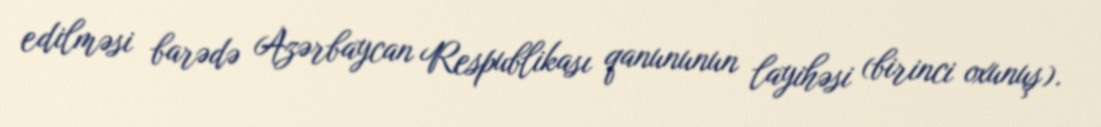
edilməsi barədə Azərbaycan Respublikası qanununun layihəsi (birinci oxunuş).